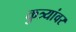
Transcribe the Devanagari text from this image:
कुत्र्यांवर